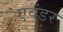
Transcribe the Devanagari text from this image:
एवंडर